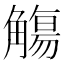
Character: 觴